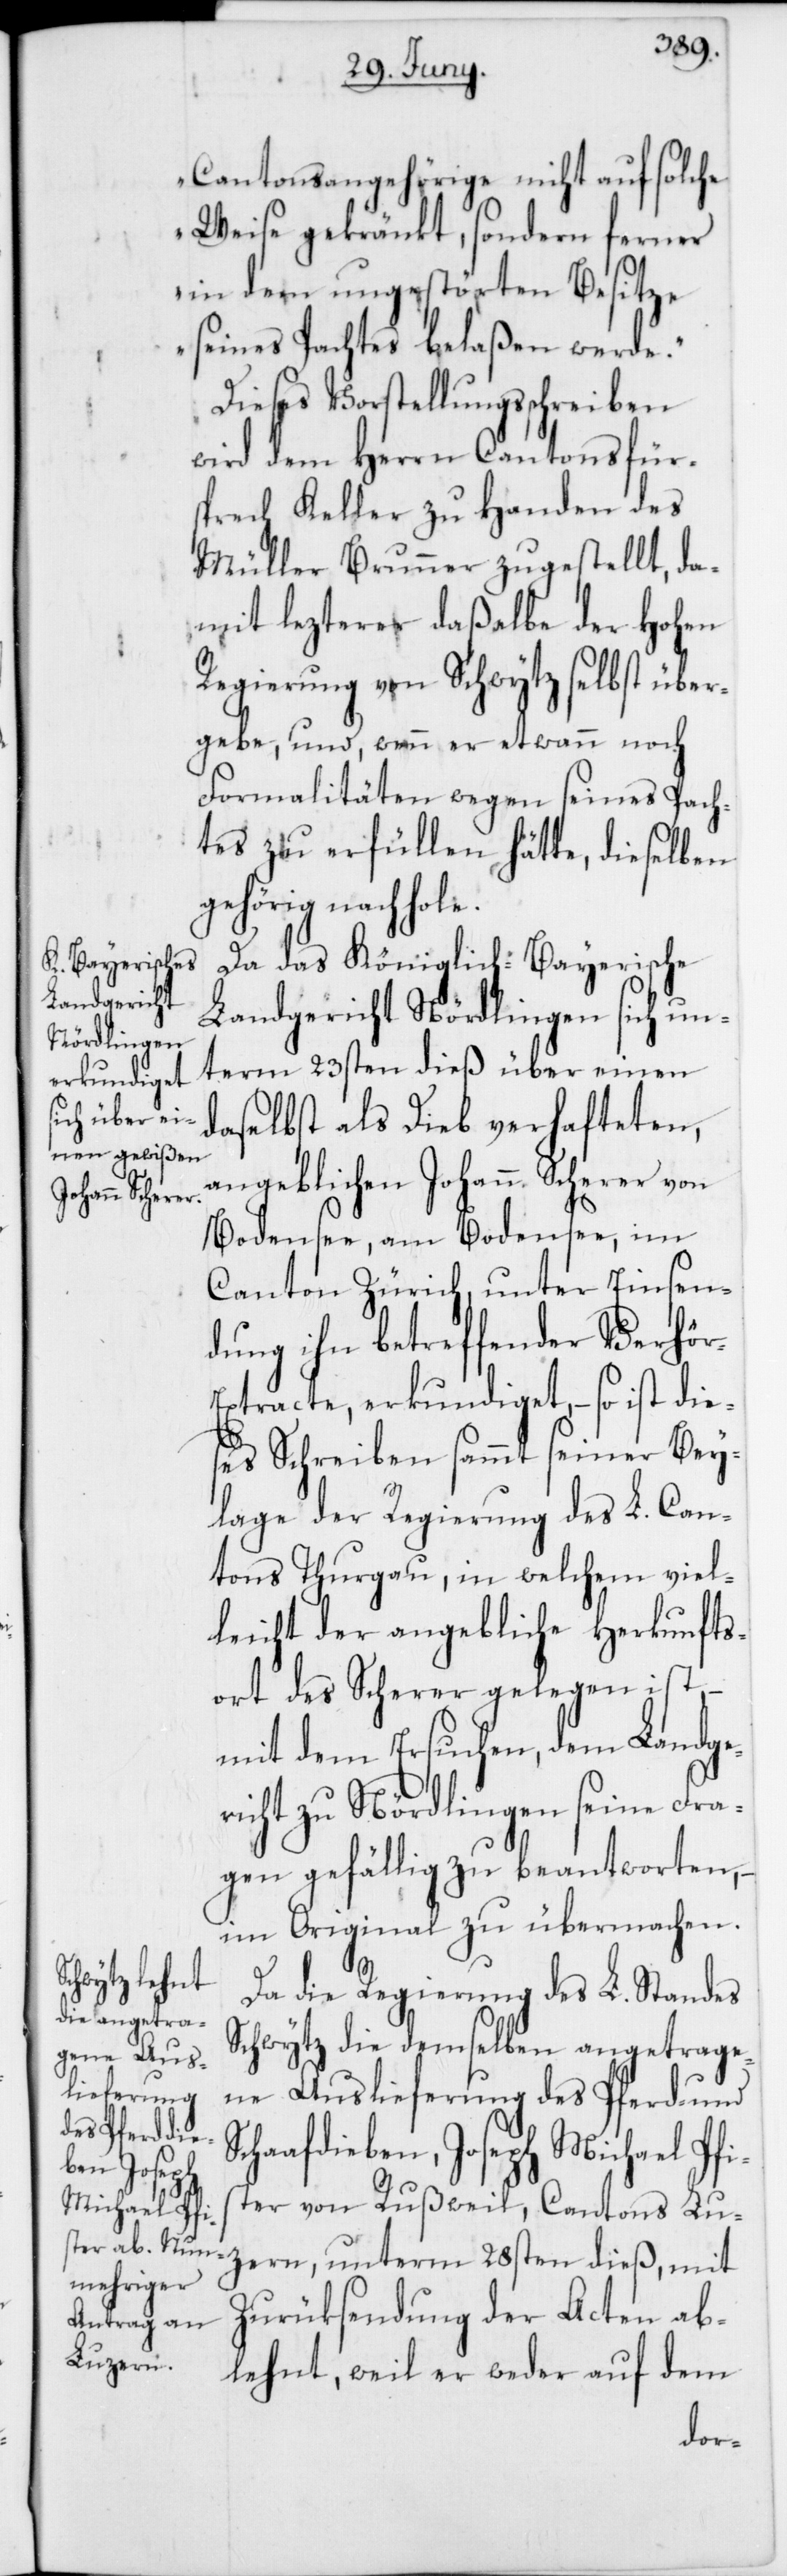
Cantonsangehörige nicht auf solche
Weise gekränkt, sondern ferner
in dem ungestörten Besitze
seines Pachtes belaßen werde.“
Dieses Vorstellungsschreiben
wird dem Herrn Cantonsfür¬
sprech Keller zu Handen des
Müller Brunner zugestellt, da¬
mit lezterer daßelbe der Hohen
Regierung von Schwytz selbst über¬
gebe, und, wenn er etwann noch
Formalitäten wegen seines Pach¬
tes zu erfüllen hätte, dieselben
gehörig nachhole.
Da das Königlich-Bayerische
Landgericht Nördlingen sich un¬
term 23sten dieß über einen
daselbst als Dieb verhafteten,
angeblichen Johann Scherer von
Bodensee, am Bodensee, im
Canton Zürich, unter Einsen¬
dung ihn betreffender Verhö¬
xtracte, erkundiget, – so ist die¬
ses Schreiben sammt seiner Bey¬
lage der Regierung des L. Can¬
tons Thurgau, in welchem viel¬
leicht der angebliche Herkunfts¬
ort des Scherer gelegen ist,
mit dem Ersuchen, dem Landge¬
richt zu Nördlingen seine Fra¬
gen gefällig zu beantworten, –
im Original zu übermachen.
Da die Regierung des L. Standes
Schwytz die demselben angetrage¬
ne Auslieferung des Pferd- und
Schaafdieben, Joseph Michael Pf¬
ister von Rußweil, Cantons Lu¬
zern, unterm 28sten dieß, mit
Zurüksendung der Acten ab¬
lehnt, weil er weder auf dem
r-E¬